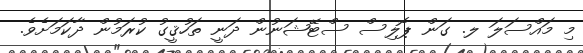
މި މައްސަލަ ލ. ގަން ޕޮލިސް ސްޓޭޝަނުން ދަނީ ތަހުޤީގު ކުރަމުން ދާކަމަށެވެ.